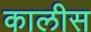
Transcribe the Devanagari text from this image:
कालीस